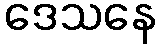
ဒေသနေ